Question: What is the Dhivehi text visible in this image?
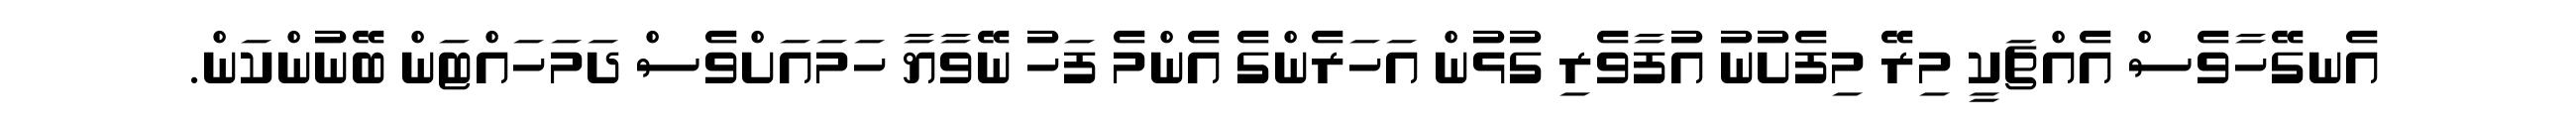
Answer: އެނގޭހާވެސް އެއްޗަކީ މިރޭ މިފެށުނު އުފާވެރި ގުޅުން އަހަރެންގެ އެންމެ ފަހު ނޭވާޔާ ހަމައަށްވެސް ދަމަހައްޓަން ބޭނުންކަން.